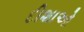
દીશાઓ